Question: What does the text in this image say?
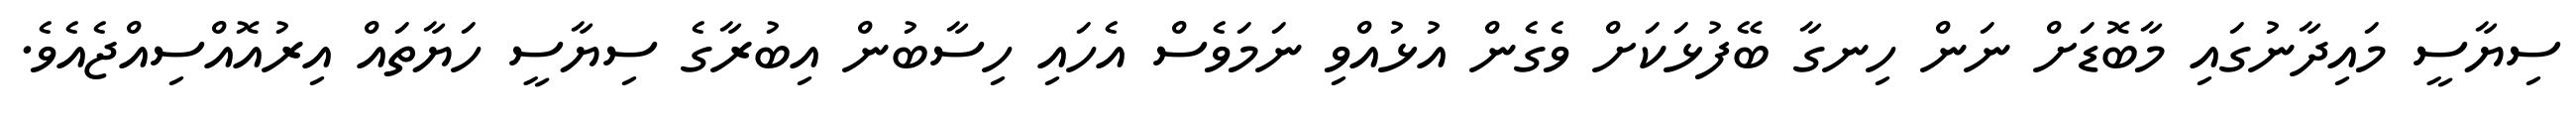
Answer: ސިޔާސީ މައިދާނުގައި މާބޮޑަށް ނަން ހިނގާ ބޭފުޅަކަށް ވެގެން އުޅުއްވި ނަމަވެސް އެހައި ހިސާބުން އިބުރާގެ ސިޔާސީ ހަޔާތައް އިރުއޮއްސިއްޖެއެވެ.